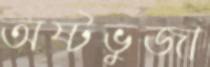
অষ্টভুজা